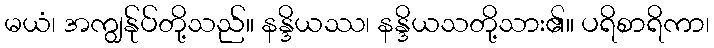
မယံ၊ အကျွန်ုပ်တို့သည်။ နန္ဒိယဿ၊ နန္ဒိယသတို့သား၏။ ပရိစာရိကာ၊